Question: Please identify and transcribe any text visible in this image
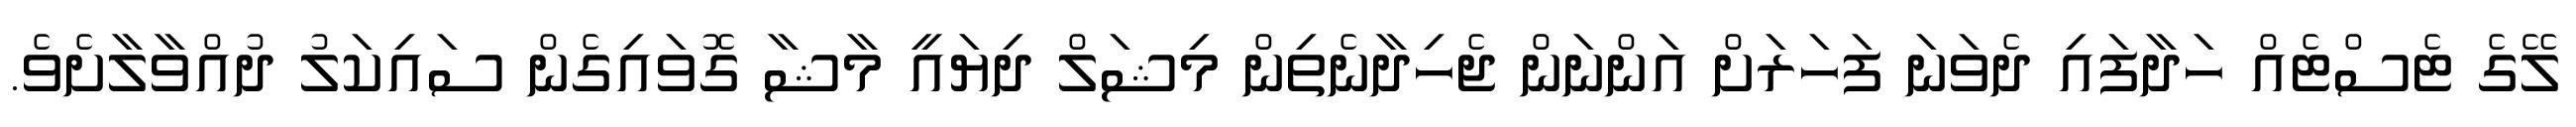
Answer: ލޭގެ ޓެސްޓެއް ހަދާފައި ދެވަނަ ފަހަރަށް އަންނަން ޖެހިދާނެތިން މިޝަލް ދިޔައީ މާޝާ ގޮވައިގެން ސައިކަލު ދުއްވާލާށެވެ.